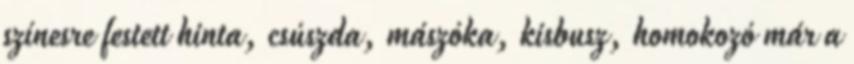
színesre festett hinta, csúszda, mászóka, kisbusz, homokozó már a